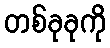
တစ်ခုခုကို